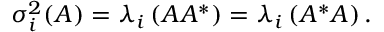
\sigma _ { i } ^ { 2 } ( A ) = \lambda _ { i } \left( A A ^ { * } \right) = \lambda _ { i } \left( A ^ { * } A \right) .